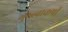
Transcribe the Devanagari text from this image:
गुरुत्वाकर्षी